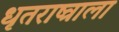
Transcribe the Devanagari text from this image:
धृतराष्त्राला